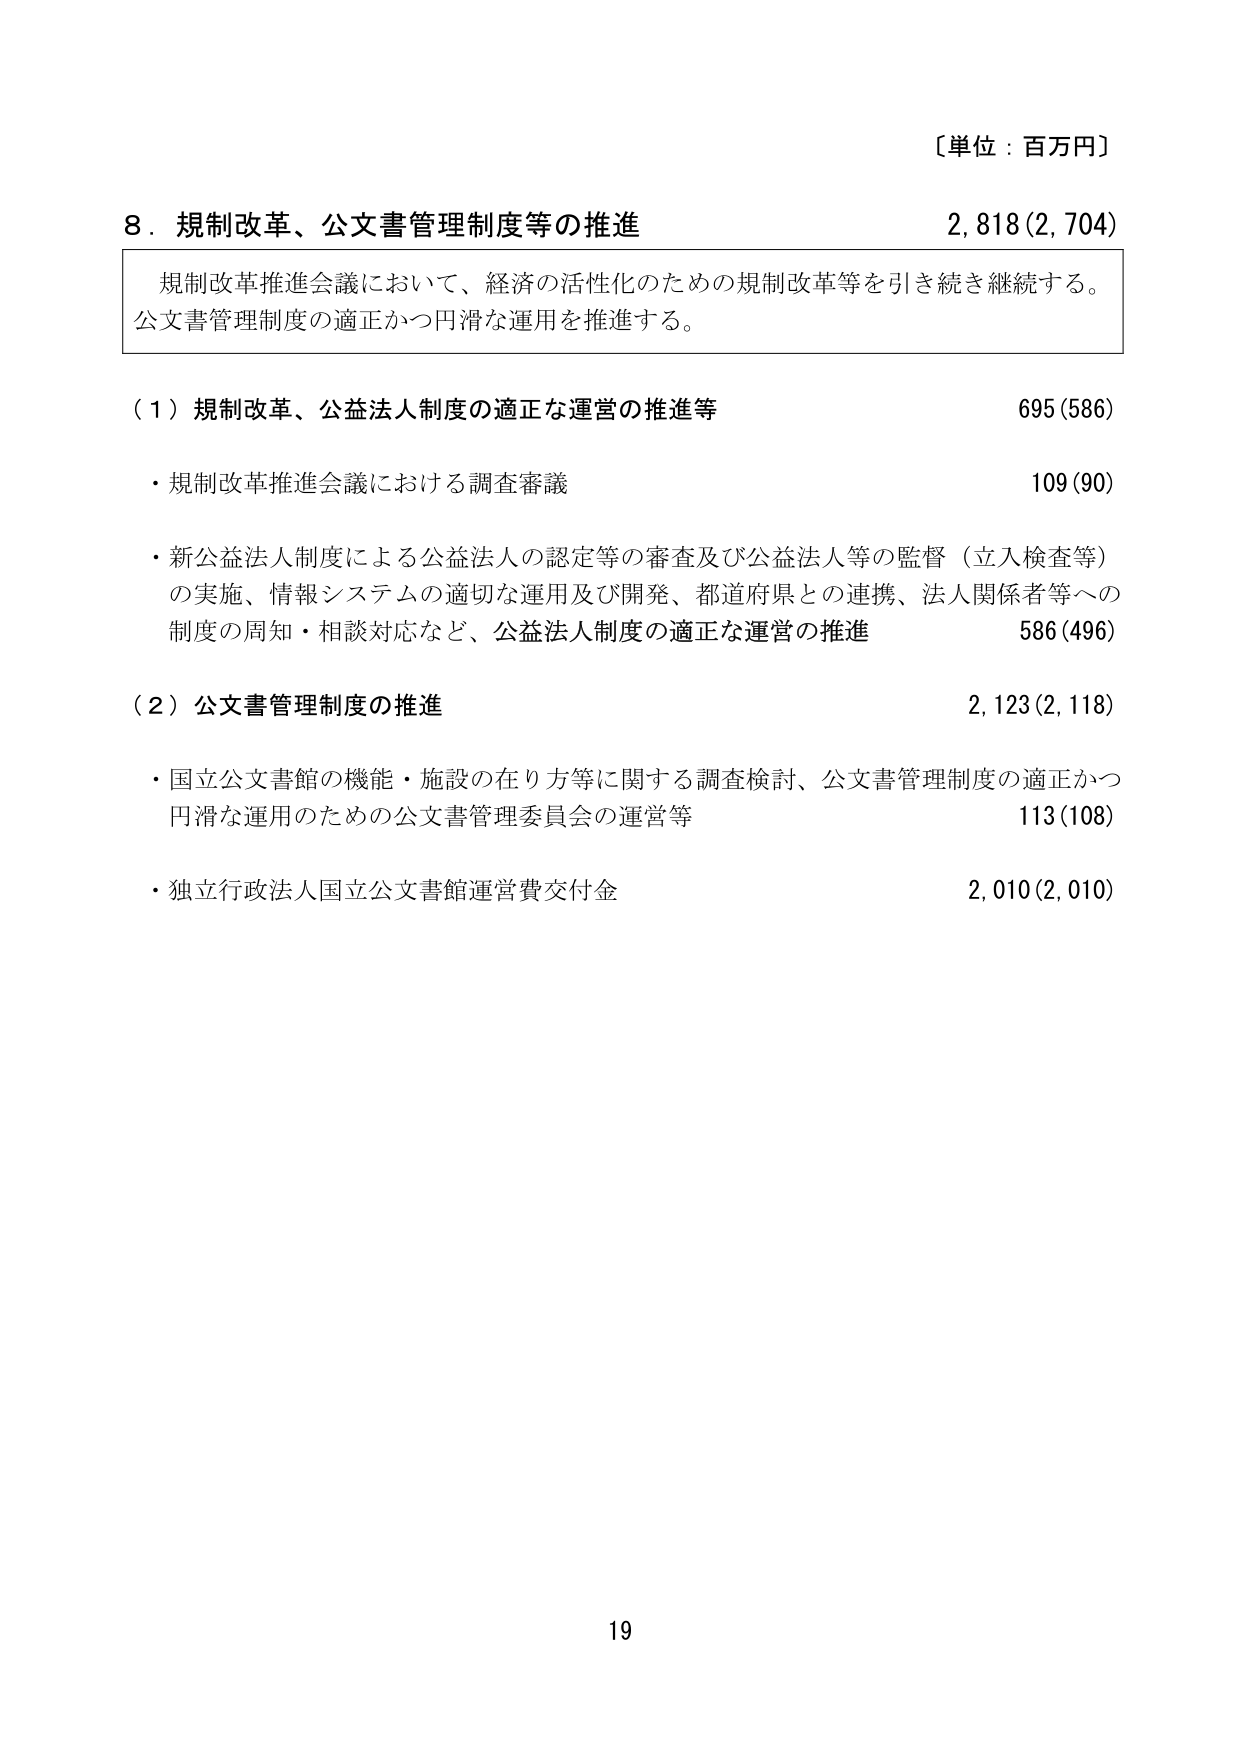
〔単位：百万円〕

8．規制改革、公文書管理制度等の推進　　2,818(2,704)

　規制改革推進会議において、経済の活性化のための規制改革等を引き続き継続する。
　公文書管理制度の適正かつ円滑な運用を推進する。

（1）規制改革、公益法人制度の適正な運営の推進等　　　　　　　695(586)

　・規制改革推進会議における調査審議　　　　　　　　　　　　　109(90)

　・新公益法人制度による公益法人の認定等の審査及び公益法人等の監督（立入検査等）
　　の実施、情報システムの適切な運用及び開発、都道府県との連携、法人関係者等への
　　制度の周知・相談対応など、公益法人制度の適正な運営の推進　　　586(496)

（2）公文書管理制度の推進　　　　　　　　　　　　　　　　　　2,123(2,118)

　・国立公文書館の機能・施設の在り方等に関する調査検討、公文書管理制度の適正かつ
　　円滑な運用のための公文書管理委員会の運営等　　　　　　　　　113(108)

　・独立行政法人国立公文書館運営費交付金　　　　　　　　　　　2,010(2,010)

19